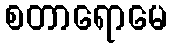
စတာရောမေ